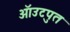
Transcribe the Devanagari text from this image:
ऑउटपुत